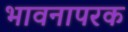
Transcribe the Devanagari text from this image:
भावनापरक